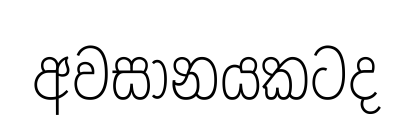
අවසානයකටද